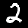
Digit: 2